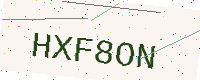
Text: HXF8ON